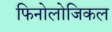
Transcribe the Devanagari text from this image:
फिनोलोजिकल